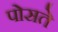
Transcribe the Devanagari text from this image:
पोसते